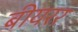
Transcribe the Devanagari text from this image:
बीयरर